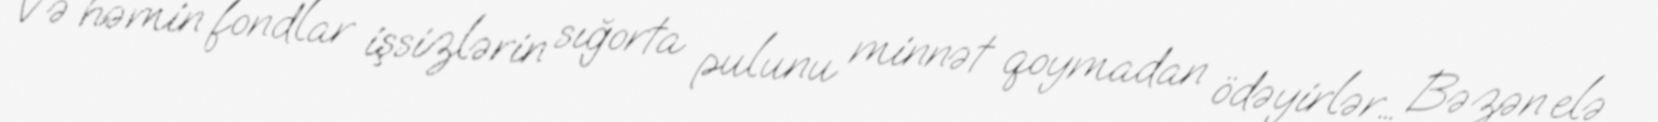
Və həmin fondlar işsizlərin sığorta pulunu minnət qoymadan ödəyirlər… Bəzən elə